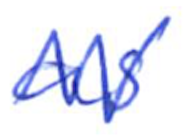
Text: as
Cross-out: zig-zag
Writing tool: ballpoint